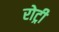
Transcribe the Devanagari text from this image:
रोट्री